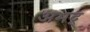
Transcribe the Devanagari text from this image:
अभद्र्